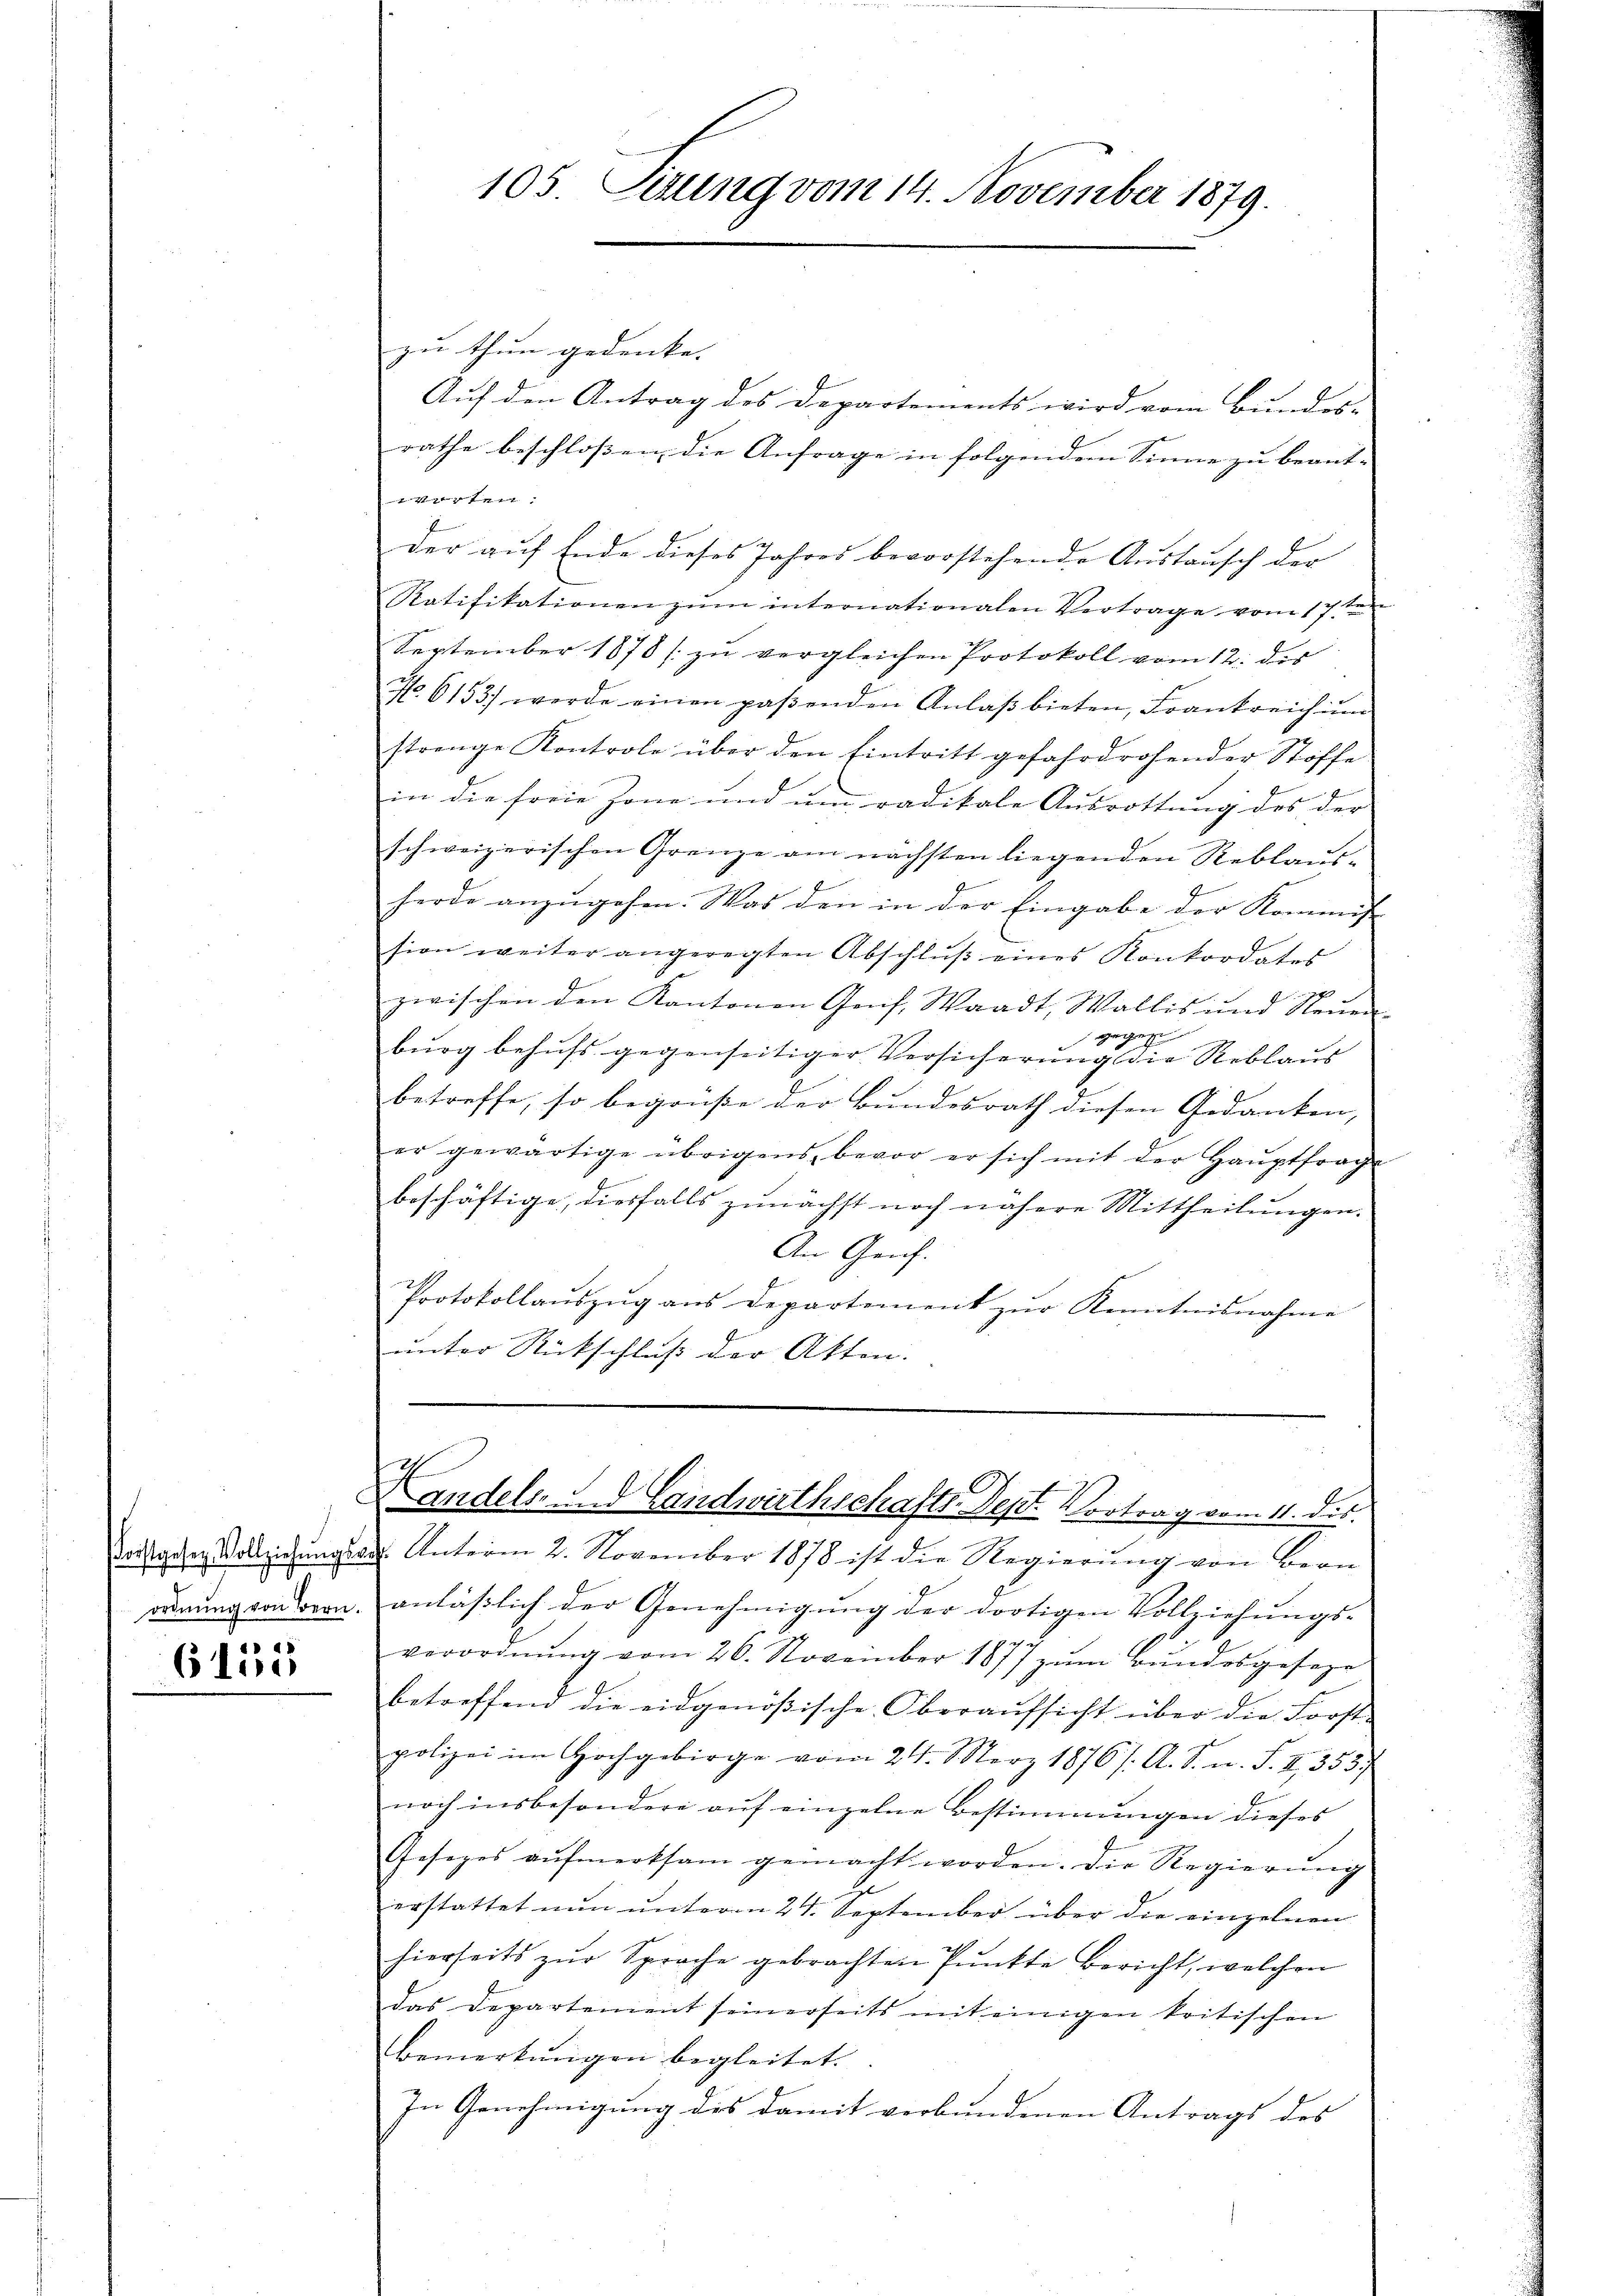
6155

105. Seung vom 14. November 1879.

zu thun gedenke. |
Auf den Antrag des Departements wird vom Bundes-
Verten.
der auf Ende dieses Jahres bevorstehende Austausch der
Ratifikationen zŭm internationalen Vertrage vom 17te
September 1878 /: zu vergleichen Protokoll vom 12. des
No. 6153) werde einen paβenden Anlaβ bieten, Frankreich im
strenge Kontrole über den Eintritt gefahrdrohender Stoffe
in die freie Jone und um radikale Ausrottung des der
schweizerischen Grenze am nächsten liegenden Reblaus-
herde anzugehen. Was den in der Eingabe der Kommiss
sion weiter angeregten Abschlŭβ eines Konkordates
zwischen den Kantonen Genf, Waadt, Wallis und Neuen
E
gegen
burg behufs gegenseitiger Versicherung die Reblaus
betreffe, so begrüße der Bundesrath diesen Gedanken,
er gewärtige übrigens, bevor er sich mit der Haŭptfrage
beschäftige, diesfalls zunächst noch nähere Mittheilungen.
An Genf.
Protokollaŭszŭg ans Departement zŭr Kenntnisnahme
unter Rückschluß der Akten. |

rathe beschlossen die Anfrage in folgendem Sinne zu beant-

Landels d. Landwirthschafts-Sept. Vortrag vom 11. dir.
Coitging Vollziehŭngsah. Unterm 2. November 1878 ist die Regierŭng von Bern

rderung von von anläßlich der Genehmigung der dortigen Vollziehungs-
verordnŭng vom 26. November 1877 zŭm Bŭndesgeseze
betreffend die eidgenößische Oberaŭfsicht über die Forst-
polizei im Hochgebirge vom 24. März 1876/. A. S. n. F. II., 353
noch insbesondere auf einzelne Bestimmungen dieses
Gesezes aŭfmerksam gemacht worden. Die Regierŭng
erstattet nun unterm 24. September über die einzelnen
hierseits zŭr Sprache gebrachten Pŭnkte Bericht, welchen
das Departement seinerseits mit einigen kritischen
Bemerkungen begleitet.
In Genehmigung des damit verbundenen Antrags des